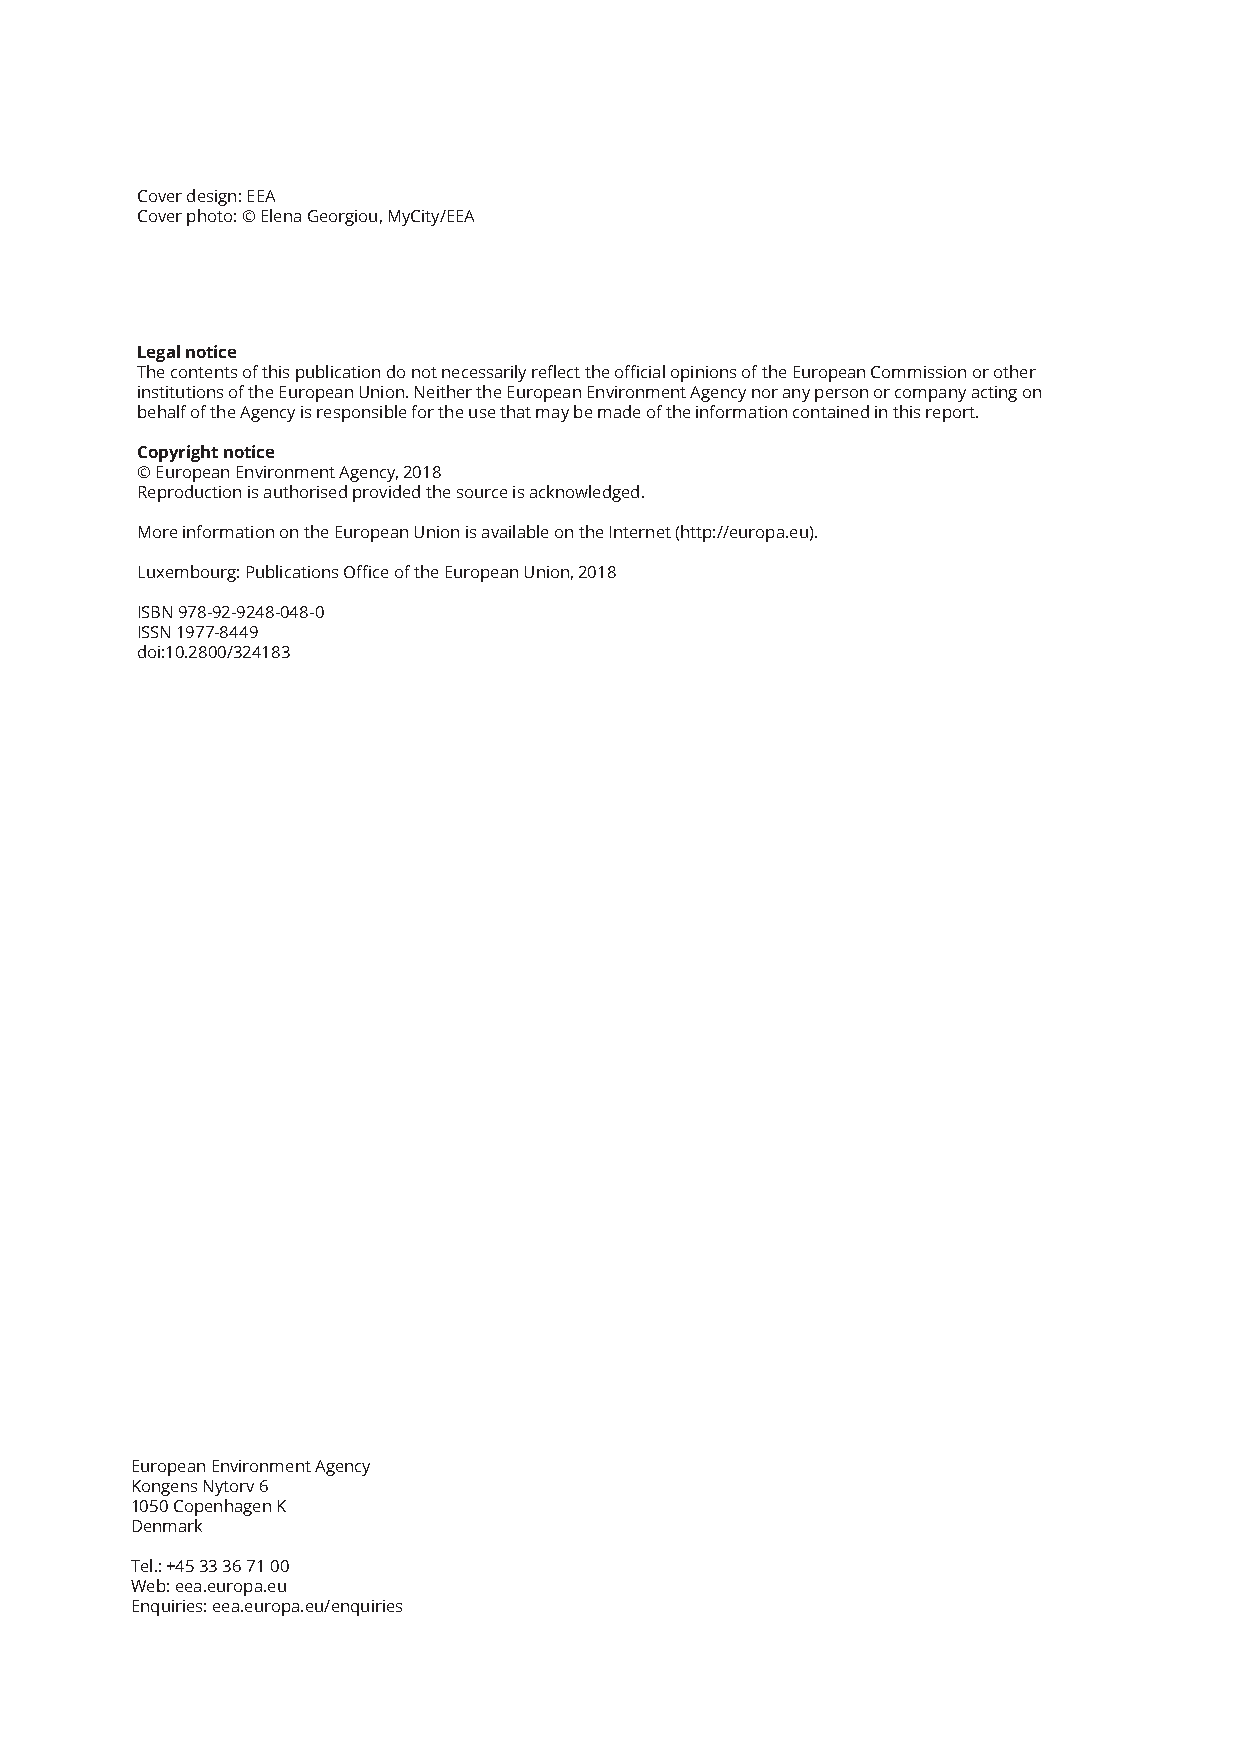
Cover design: EEA
 Cover photo: © Elena Georgiou, MyCity/EEA
 Legal notice
 The contents of this publication do not necessarily reflect the official opinions of the European Commission or other
 institutions of the European Union. Neither the European Environment Agency nor any person or company acting on
 behalf of the Agency is responsible for the use that may be made of the information contained in this report.
 Copyright notice
 © European Environment Agency, 2018
 Reproduction is authorised provided the source is acknowledged.
 More information on the European Union is available on the Internet (http://europa.eu).
 Luxembourg: Publications Office of the European Union, 2018
 ISBN 978-92-9248-048-0
 ISSN 1977-8449
 doi:10.2800/324183
 European Environment Agency
 Kongens Nytorv 6
 1050 Copenhagen K
 Denmark
 Tel.: +45 33 36 71 00
 Web: eea.europa.eu
 Enquiries: eea.europa.eu/enquiries